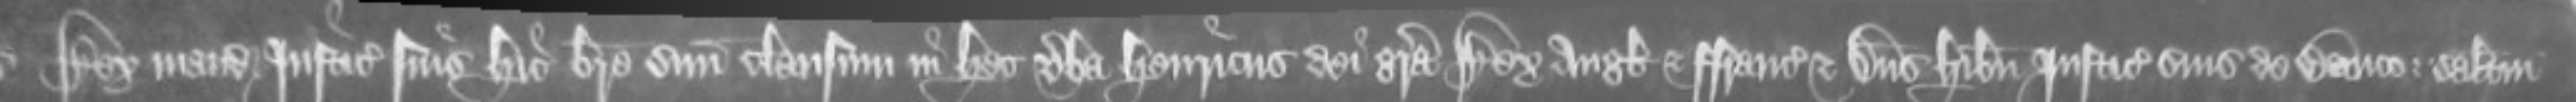
Rex mandavit Justiciariis suis hic breve suum clausum in hec verba Henricus dei gratia Rex Anglie et Francie et Dominus Hibernie Justiciariis suis de Banco: salutem